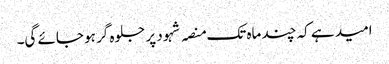
امید ہے کہ چند ماہ تک منصہ شہود پر جلوہ گر ہو جائے گی۔